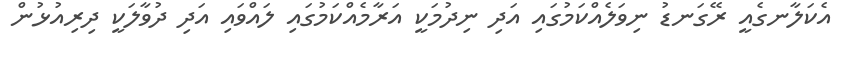
އެކަލާނގެއީ ރޭގަނޑު ނިވަލެއްކަމުގައި އަދި ނިދުމަކީ އަރާމެއްކަމުގައި ލައްވައި އަދި ދުވާލަކީ ދިރިއުޅުން